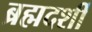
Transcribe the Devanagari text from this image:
ब्रह्मदर्शी